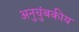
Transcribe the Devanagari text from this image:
अनुचुंबकीय